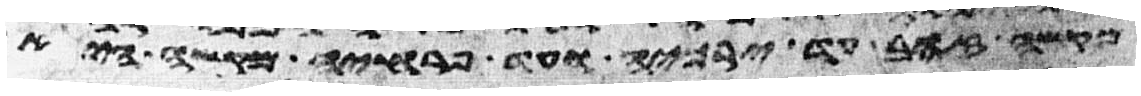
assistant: מקשה זהב עד ירכיה ועד פרחיה מקשה היא